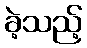
ခဲ့သည့်